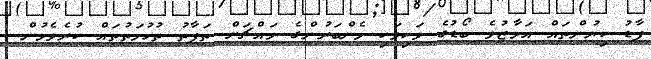
ފާޑު ކިޔުންތައް އަމާޒުވެ ބޯޑުގެ ވަކިވަކި މެންބަރުންގެ މައްޗަށް ތަފާތު ތުހުމަތުތައް ކުރެވެމުން